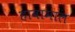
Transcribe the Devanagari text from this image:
हावामाल